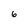
Character: 6